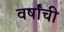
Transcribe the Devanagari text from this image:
वर्षांंची